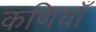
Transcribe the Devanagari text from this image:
कणियाँ